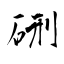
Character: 硎